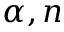
\alpha , n